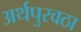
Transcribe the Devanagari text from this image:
अर्थपुरवठा